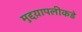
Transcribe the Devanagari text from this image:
मुद्दय़ापलीकडे